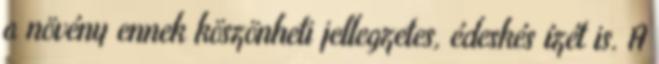
a növény ennek köszönheti jellegzetes, édeskés ízét is. A